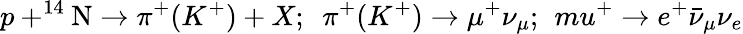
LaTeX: p+^{14}\mathrm{N}\rightarrow\pi^{+}(K^{+})+X;\ \ \pi^{+}(K^{+})\rightarrow\mu^{+}\nu_{\mu};\ \, mu^{+}\rightarrow e^{+}\bar{\nu}_{\mu}\nu_{e}